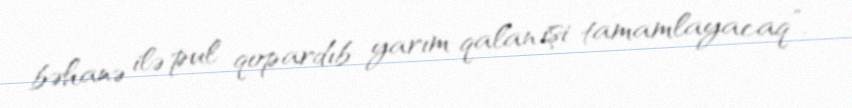
bəhanə ilə pul qopardıb yarım qalan işi tamamlayacaq”.